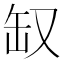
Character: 𰭃